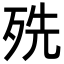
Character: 㱡